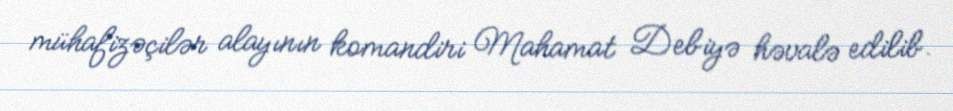
mühafizəçilər alayının komandiri Mahamat Debiyə həvalə edilib.